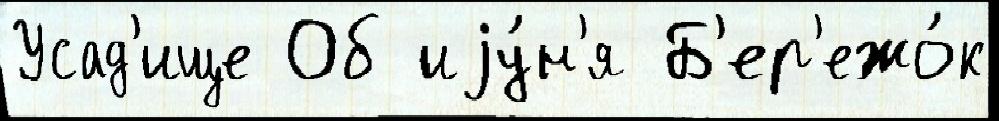
Усад'ище Об иjу́н'я Б'ер'ежо́к